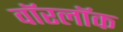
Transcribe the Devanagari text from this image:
वॉरलॉक